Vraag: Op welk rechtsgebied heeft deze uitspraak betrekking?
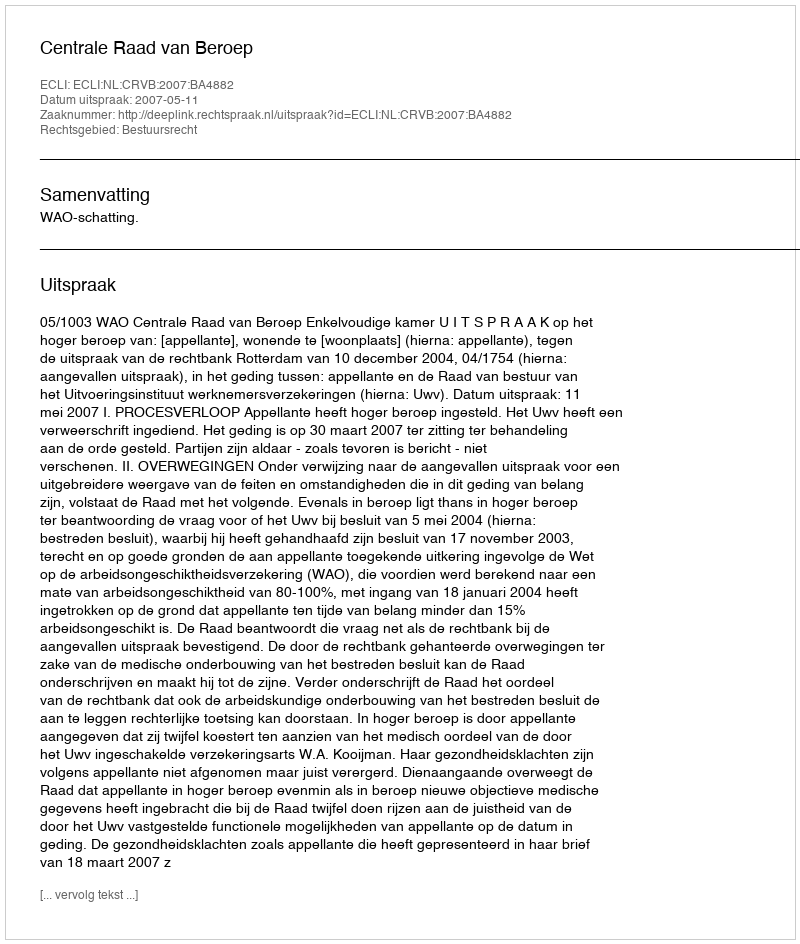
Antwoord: Bestuursrecht